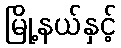
မြို့နယ်နှင့်